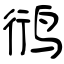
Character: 鸻